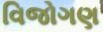
વિજોગણ